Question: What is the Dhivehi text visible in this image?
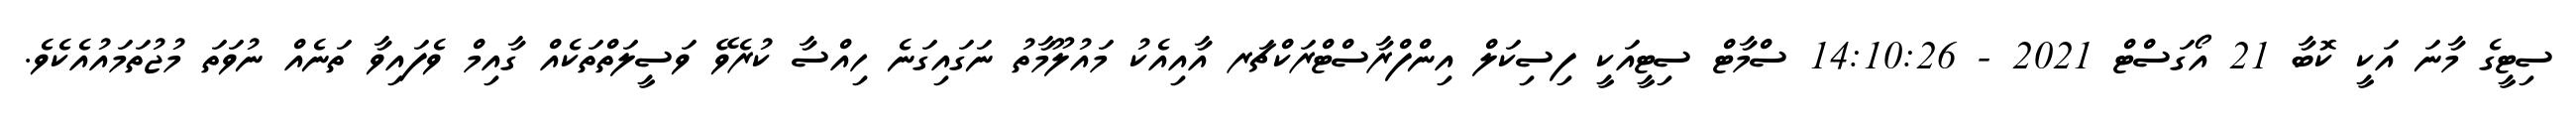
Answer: ސިޓީގެ މާނަ އަކީ ކޮބާ 21 އޯގަސްޓް 2021 - 14:10:26 ސްމާޓް ސިޓީއަކީ ފިސިކަލް އިންފްރާސްޓްރަކްޗަރ އާއިއެކު މައުލޫމާތު ނަގައިގަނެ ހިއްސާ ކުރެވޭ ވަސީލަތްތަކެއް ގާއިމް ވެފައިވާ ތަނެއް ނުވަތަ މުޖުތަމައުއެކެވެ.